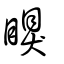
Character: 瞁